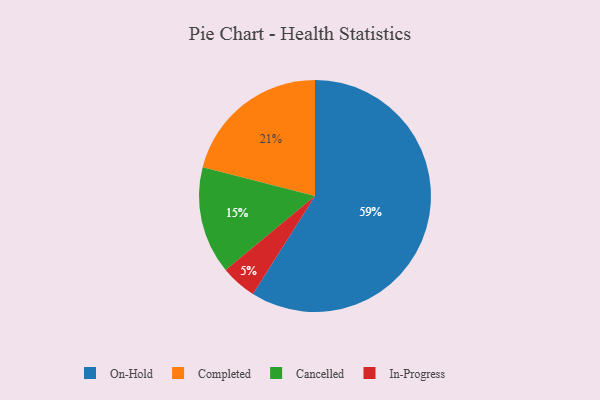
{"axis": {"x": "Category", "y": "Percentage"}, "legend": ["Cancelled", "Completed", "In-Progress", "On-Hold"], "data": [{"x": "In-Progress", "y": 5, "type": "In-Progress"}, {"x": "Cancelled", "y": 15, "type": "Cancelled"}, {"x": "On-Hold", "y": 59, "type": "On-Hold"}, {"x": "Completed", "y": 21, "type": "Completed"}]}